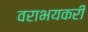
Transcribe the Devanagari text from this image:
वराभयकरी